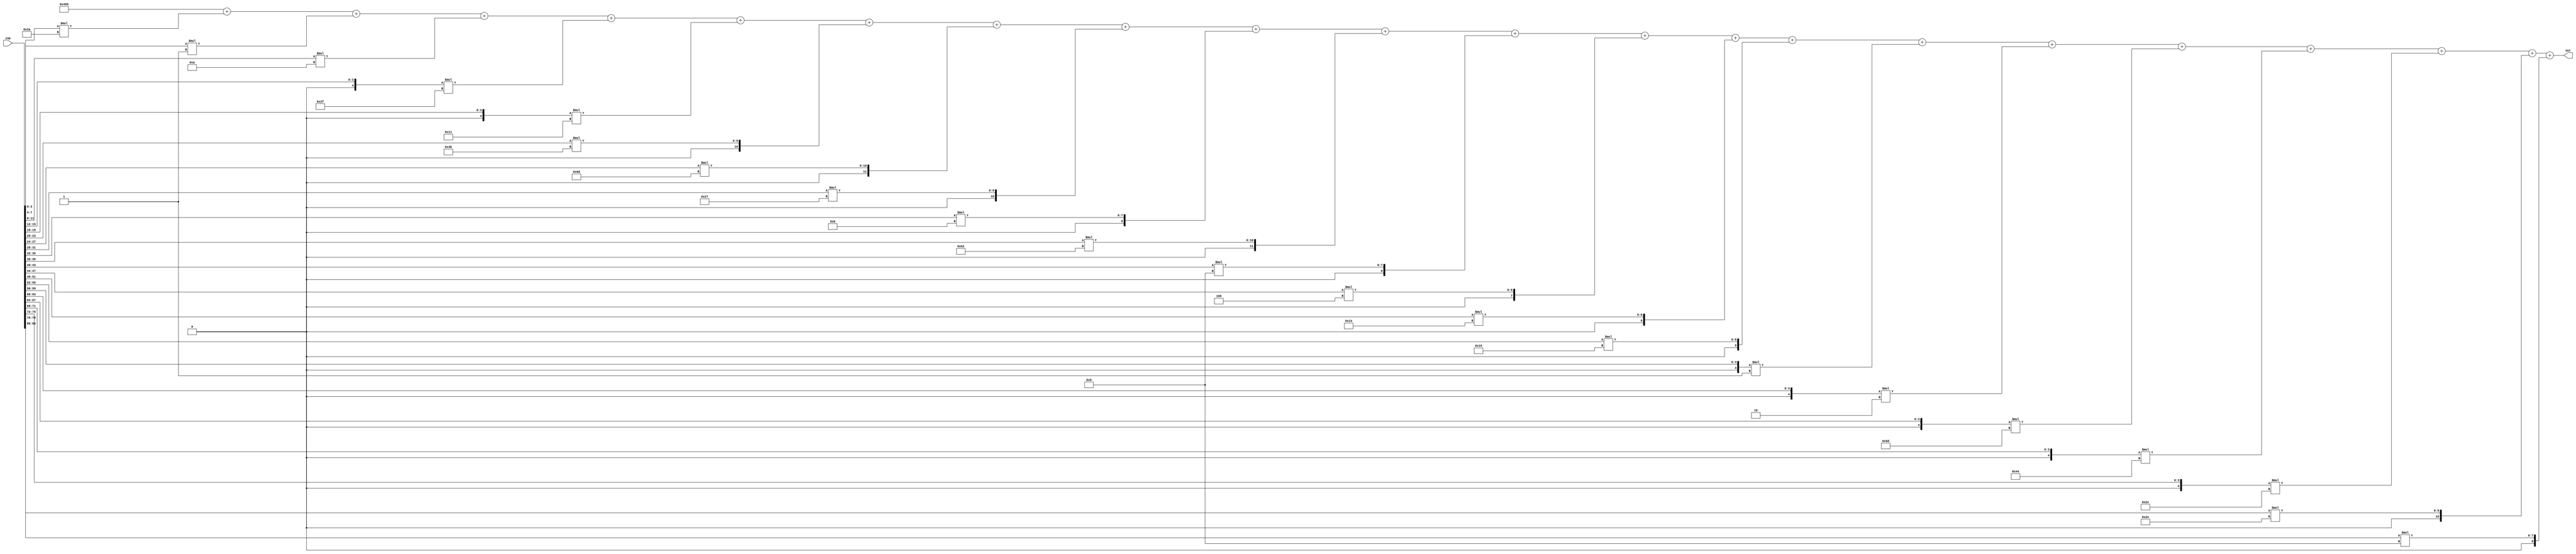
//weights: [[42, 1, 10, -17, -15, 59, 109, 39, 11, 82, 9, 4, 20, 25, -1, -2, -35, -60, -20, 46, 9]]
//intercepts: [1177]
//act size: [4, 14]
//pred num: 1
module top (inp, out);
input [83:0] inp;
output [13:0] out;

// classifier: 0
    wire signed [11:0] n_0_0_po_0;
    //weight 42: 8'sb00101010
    assign n_0_0_po_0 = $signed({1'b0, inp[3:0]}) * 8'sb00101010;

    wire signed [11:0] n_0_0_po_1;
    //weight 1: 8'sb00000001
    assign n_0_0_po_1 = $signed({1'b0, inp[7:4]}) * 8'sb00000001;

    wire signed [11:0] n_0_0_po_2;
    //weight 10: 8'sb00001010
    assign n_0_0_po_2 = $signed({1'b0, inp[11:8]}) * 8'sb00001010;

    wire signed [11:0] n_0_0_po_3;
    //weight -17: 8'sb11101111
    assign n_0_0_po_3 = $signed({1'b0, inp[15:12]}) * 8'sb11101111;

    wire signed [11:0] n_0_0_po_4;
    //weight -15: 8'sb11110001
    assign n_0_0_po_4 = $signed({1'b0, inp[19:16]}) * 8'sb11110001;

    wire signed [11:0] n_0_0_po_5;
    //weight 59: 8'sb00111011
    assign n_0_0_po_5 = $signed({1'b0, inp[23:20]}) * 8'sb00111011;

    wire signed [11:0] n_0_0_po_6;
    //weight 109: 8'sb01101101
    assign n_0_0_po_6 = $signed({1'b0, inp[27:24]}) * 8'sb01101101;

    wire signed [11:0] n_0_0_po_7;
    //weight 39: 8'sb00100111
    assign n_0_0_po_7 = $signed({1'b0, inp[31:28]}) * 8'sb00100111;

    wire signed [11:0] n_0_0_po_8;
    //weight 11: 8'sb00001011
    assign n_0_0_po_8 = $signed({1'b0, inp[35:32]}) * 8'sb00001011;

    wire signed [11:0] n_0_0_po_9;
    //weight 82: 8'sb01010010
    assign n_0_0_po_9 = $signed({1'b0, inp[39:36]}) * 8'sb01010010;

    wire signed [11:0] n_0_0_po_10;
    //weight 9: 8'sb00001001
    assign n_0_0_po_10 = $signed({1'b0, inp[43:40]}) * 8'sb00001001;

    wire signed [11:0] n_0_0_po_11;
    //weight 4: 8'sb00000100
    assign n_0_0_po_11 = $signed({1'b0, inp[47:44]}) * 8'sb00000100;

    wire signed [11:0] n_0_0_po_12;
    //weight 20: 8'sb00010100
    assign n_0_0_po_12 = $signed({1'b0, inp[51:48]}) * 8'sb00010100;

    wire signed [11:0] n_0_0_po_13;
    //weight 25: 8'sb00011001
    assign n_0_0_po_13 = $signed({1'b0, inp[55:52]}) * 8'sb00011001;

    wire signed [11:0] n_0_0_po_14;
    //weight -1: 8'sb11111111
    assign n_0_0_po_14 = $signed({1'b0, inp[59:56]}) * 8'sb11111111;

    wire signed [11:0] n_0_0_po_15;
    //weight -2: 8'sb11111110
    assign n_0_0_po_15 = $signed({1'b0, inp[63:60]}) * 8'sb11111110;

    wire signed [11:0] n_0_0_po_16;
    //weight -35: 8'sb11011101
    assign n_0_0_po_16 = $signed({1'b0, inp[67:64]}) * 8'sb11011101;

    wire signed [11:0] n_0_0_po_17;
    //weight -60: 8'sb11000100
    assign n_0_0_po_17 = $signed({1'b0, inp[71:68]}) * 8'sb11000100;

    wire signed [11:0] n_0_0_po_18;
    //weight -20: 8'sb11101100
    assign n_0_0_po_18 = $signed({1'b0, inp[75:72]}) * 8'sb11101100;

    wire signed [11:0] n_0_0_po_19;
    //weight 46: 8'sb00101110
    assign n_0_0_po_19 = $signed({1'b0, inp[79:76]}) * 8'sb00101110;

    wire signed [11:0] n_0_0_po_20;
    //weight 9: 8'sb00001001
    assign n_0_0_po_20 = $signed({1'b0, inp[83:80]}) * 8'sb00001001;

    wire signed [13:0] n_0_0;
    assign n_0_0 = 1177 + n_0_0_po_0 + n_0_0_po_1 + n_0_0_po_2 + n_0_0_po_3 + n_0_0_po_4 + n_0_0_po_5 + n_0_0_po_6 + n_0_0_po_7 + n_0_0_po_8 + n_0_0_po_9 + n_0_0_po_10 + n_0_0_po_11 + n_0_0_po_12 + n_0_0_po_13 + n_0_0_po_14 + n_0_0_po_15 + n_0_0_po_16 + n_0_0_po_17 + n_0_0_po_18 + n_0_0_po_19 + n_0_0_po_20;

    assign out = {n_0_0};

endmodule